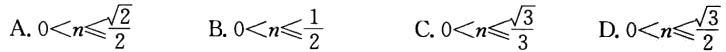
A. \(0 < n\leqslant\frac{\sqrt{2}}{2}\)  B. \(0 < n\leqslant\frac{1}{2}\)  C. \(0 < n\leqslant\frac{\sqrt{3}}{3}\)  D. \(0 < n\leqslant\frac{\sqrt{3}}{2}\)